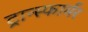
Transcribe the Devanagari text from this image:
ट्रान्स्फार्मर